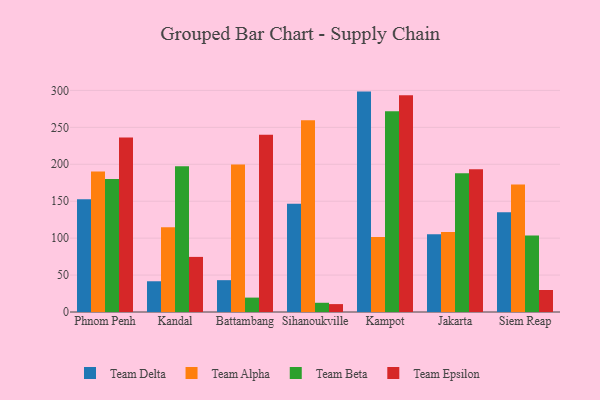
{"axis": {"x": "City", "y": "Gross Profit (USD K)"}, "legend": ["Team Alpha", "Team Beta", "Team Delta", "Team Epsilon"], "data": [{"x": "Phnom Penh", "y": 152.8, "type": "Team Delta"}, {"x": "Phnom Penh", "y": 190.2, "type": "Team Alpha"}, {"x": "Phnom Penh", "y": 180.0, "type": "Team Beta"}, {"x": "Phnom Penh", "y": 236.4, "type": "Team Epsilon"}, {"x": "Kandal", "y": 41.6, "type": "Team Delta"}, {"x": "Kandal", "y": 114.8, "type": "Team Alpha"}, {"x": "Kandal", "y": 197.4, "type": "Team Beta"}, {"x": "Kandal", "y": 74.6, "type": "Team Epsilon"}, {"x": "Battambang", "y": 43.1, "type": "Team Delta"}, {"x": "Battambang", "y": 199.8, "type": "Team Alpha"}, {"x": "Battambang", "y": 19.5, "type": "Team Beta"}, {"x": "Battambang", "y": 239.9, "type": "Team Epsilon"}, {"x": "Sihanoukville", "y": 146.6, "type": "Team Delta"}, {"x": "Sihanoukville", "y": 259.7, "type": "Team Alpha"}, {"x": "Sihanoukville", "y": 12.5, "type": "Team Beta"}, {"x": "Sihanoukville", "y": 10.7, "type": "Team Epsilon"}, {"x": "Kampot", "y": 298.4, "type": "Team Delta"}, {"x": "Kampot", "y": 101.4, "type": "Team Alpha"}, {"x": "Kampot", "y": 271.8, "type": "Team Beta"}, {"x": "Kampot", "y": 293.3, "type": "Team Epsilon"}, {"x": "Jakarta", "y": 105.1, "type": "Team Delta"}, {"x": "Jakarta", "y": 108.2, "type": "Team Alpha"}, {"x": "Jakarta", "y": 187.9, "type": "Team Beta"}, {"x": "Jakarta", "y": 193.2, "type": "Team Epsilon"}, {"x": "Siem Reap", "y": 134.9, "type": "Team Delta"}, {"x": "Siem Reap", "y": 172.5, "type": "Team Alpha"}, {"x": "Siem Reap", "y": 103.5, "type": "Team Beta"}, {"x": "Siem Reap", "y": 29.8, "type": "Team Epsilon"}]}